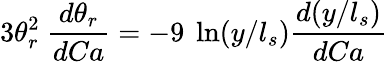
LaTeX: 3\theta_{r}^{2}\ \frac{d\theta_{r}}{dCa}=-9\ \ln(y/l_{s})\frac{d(y/l_{s})}{dCa}